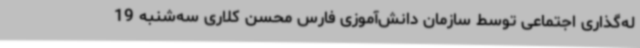
له‌گذاری اجتماعی توسط سازمان دانش‌آموزی فارس محسن کلاری سه‌شنبه 19